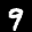
Label: 9